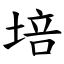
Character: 培